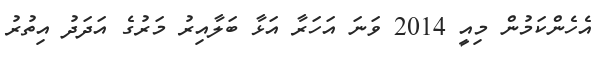
އެހެންކަމުން މިއީ 2014 ވަނަ އަހަރާ އަޅާ ބަލާއިރު މަރުގެ އަދަދު އިތުރު